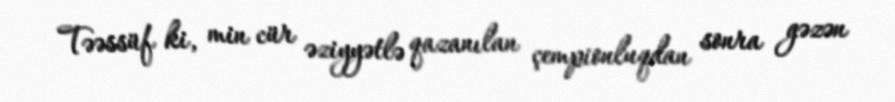
Təəssüf ki, min cür əziyyətlə qazanılan çempionluqdan sonra gəzən